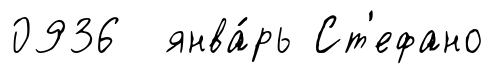
0936 янва́рь Ст'ефано